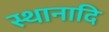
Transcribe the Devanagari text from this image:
स्थानादि